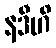
နဒီဟိ